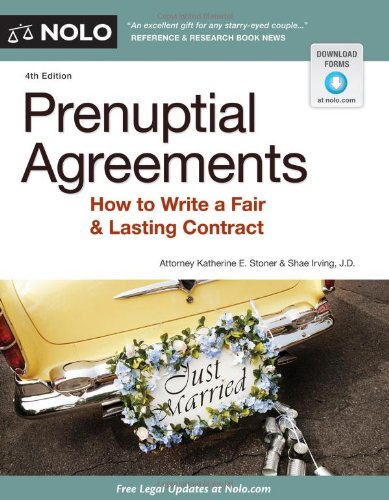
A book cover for Prenuptial Agreements: How to Write a Fair & Lasting Contract, 4th Edition; Katherine E. Stoner; Law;